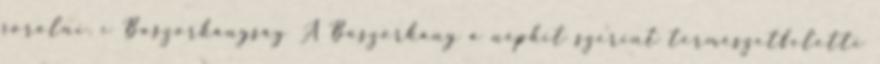
sorolni. c Boszorkányság A Boszorkány a néphit szerint természetfeletti